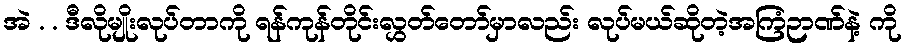
အဲ . . ဒီလိုမျိုးလုပ်တာကို ရန်ကုန်တိုင်းလွှတ်တော်မှာလည်း လုပ်မယ်ဆိုတဲ့အကြံဉာဏ်နဲ့ ကို